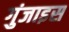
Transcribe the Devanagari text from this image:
गुंजाइस